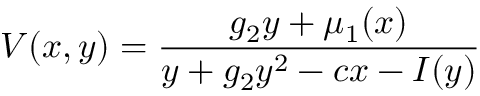
V ( x , y ) = \frac { g _ { 2 } y + \mu _ { 1 } ( x ) } { y + g _ { 2 } y ^ { 2 } - c x - I ( y ) }